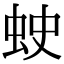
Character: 𧊍